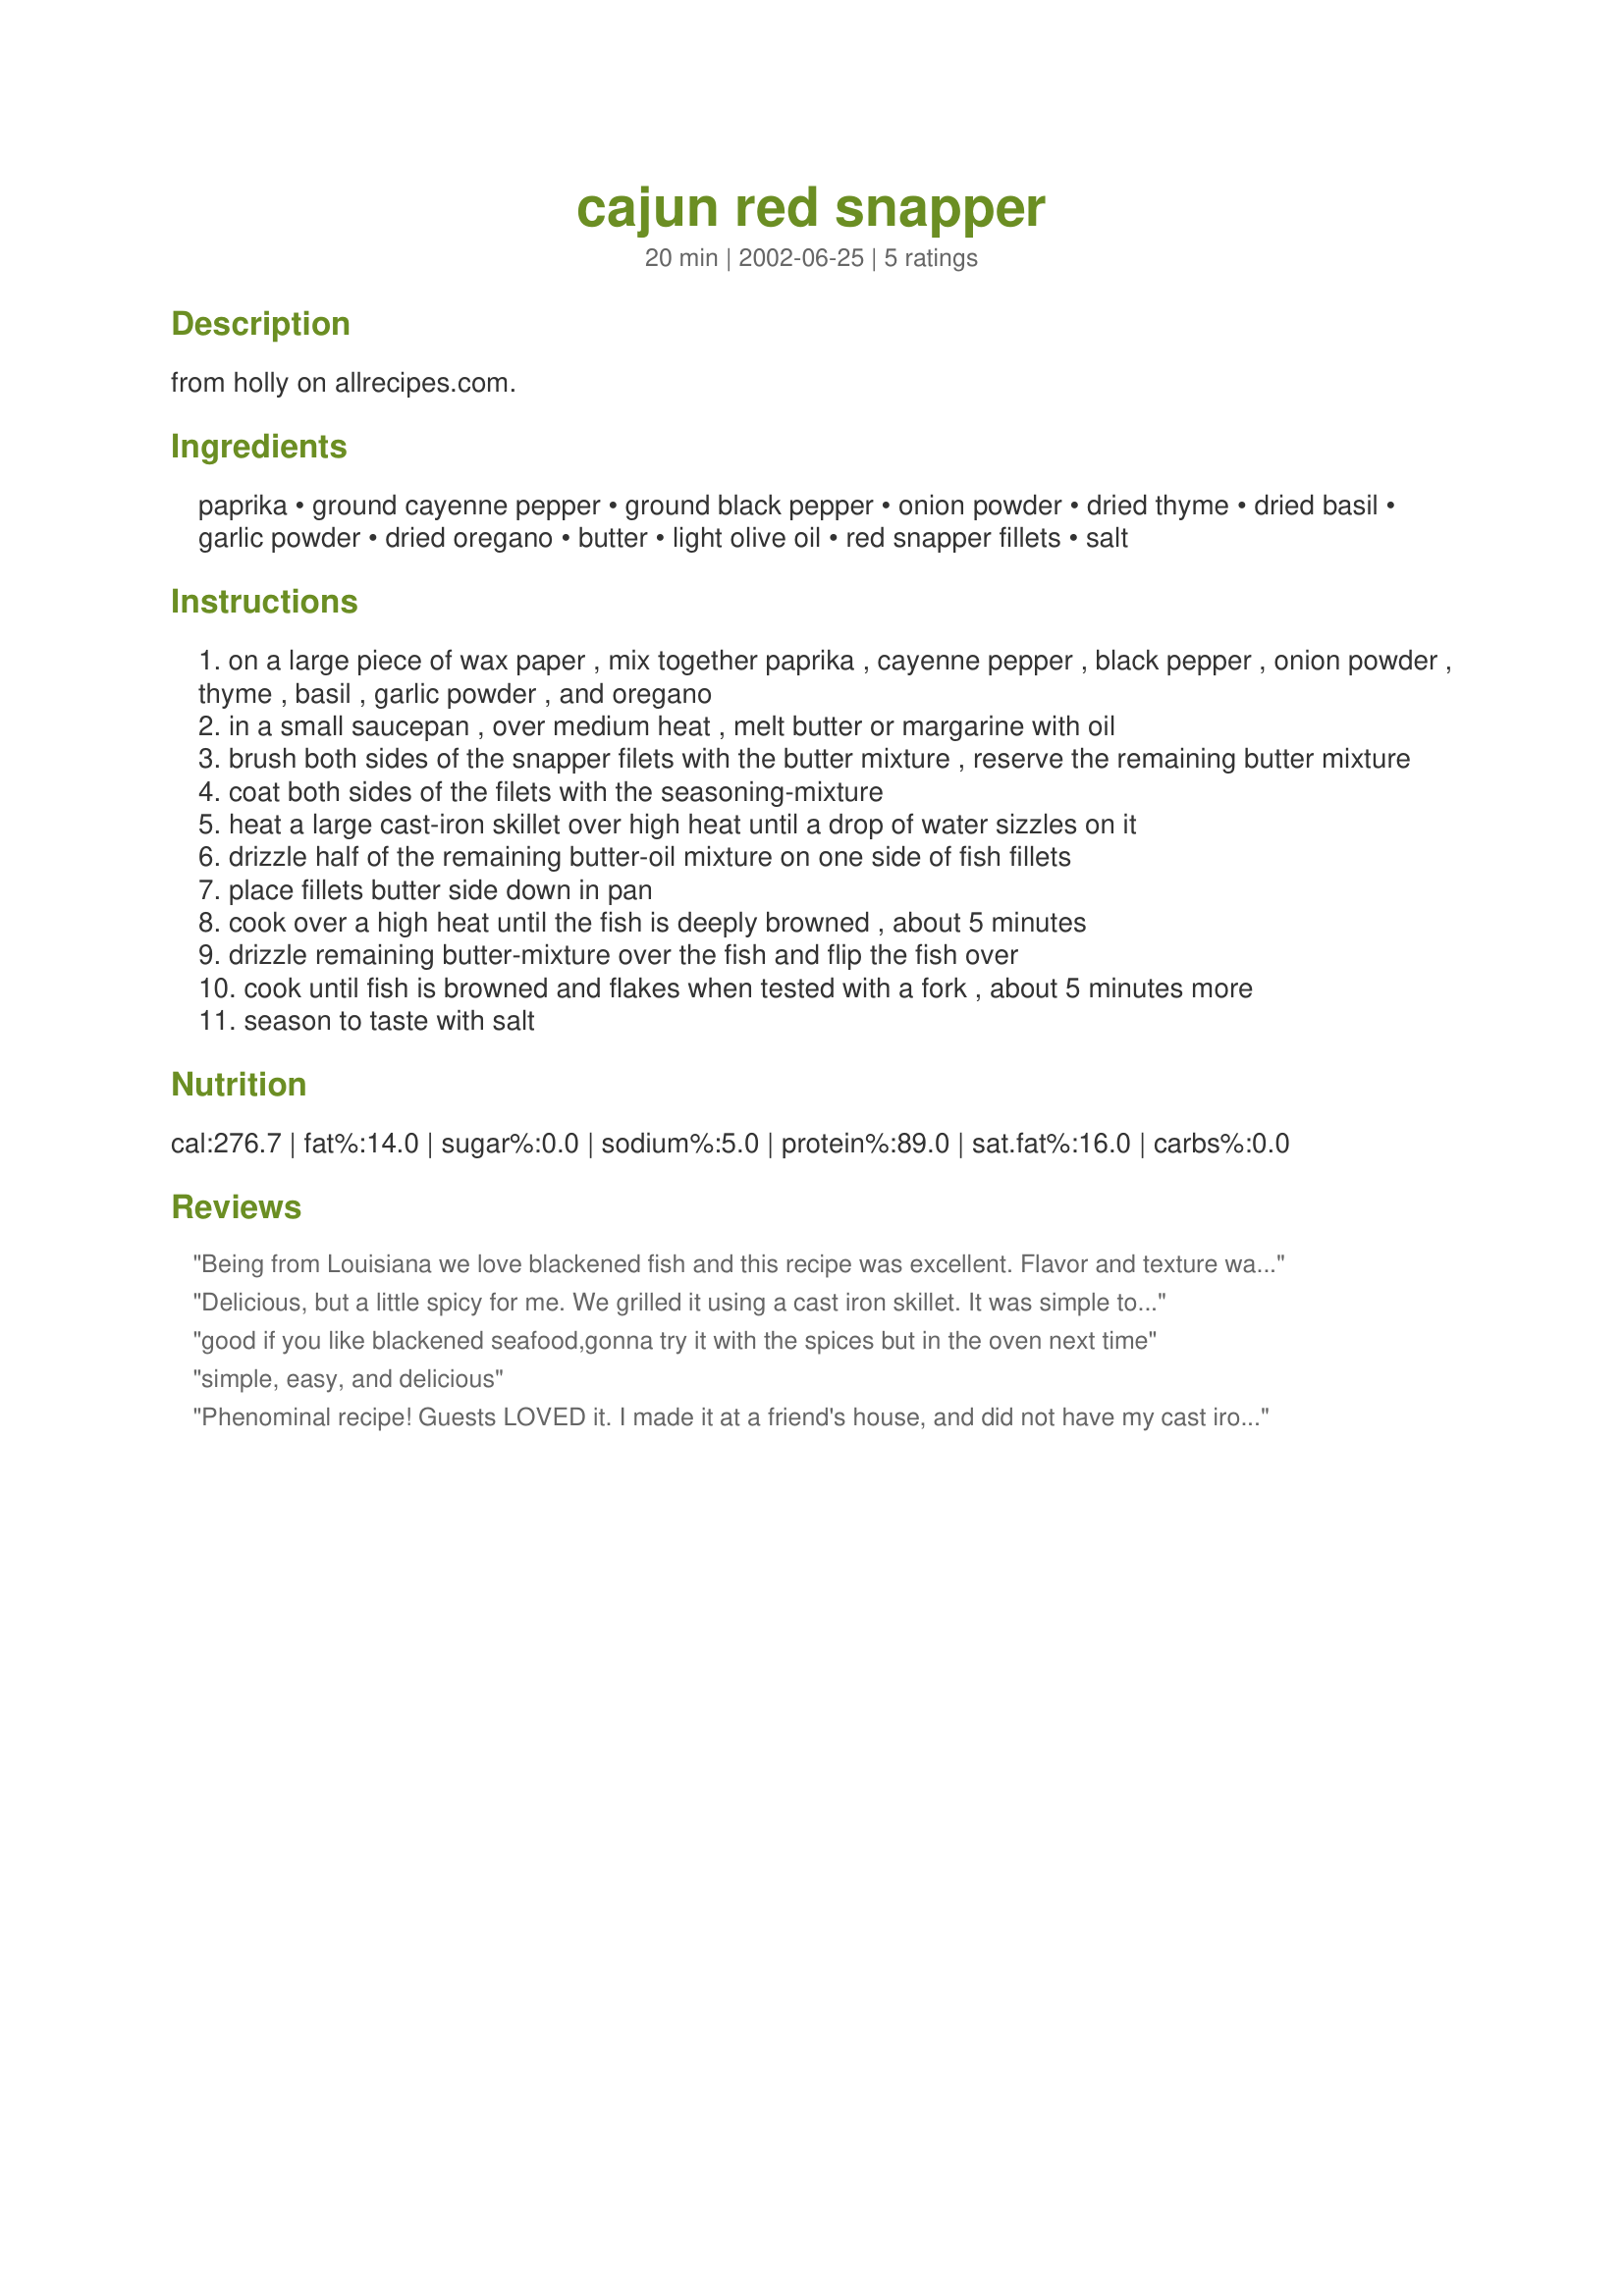
cajun red snapper
Preparation time: 20 minutes

from holly on allrecipes.com.

Ingredients:
paprika, ground cayenne pepper, ground black pepper, onion powder, dried thyme, dried basil, garlic powder, dried oregano, butter, light olive oil, red snapper fillets, salt

Steps:
on a large piece of wax paper , mix together paprika , cayenne pepper , black pepper , onion powder , thyme , basil , garlic powder , and oregano
in a small saucepan , over medium heat , melt butter or margarine with oil
brush both sides of the snapper filets with the butter mixture , reserve the remaining butter mixture
coat both sides of the filets with the seasoning-mixture
heat a large cast-iron skillet over high heat until a drop of water sizzles on it
drizzle half of the remaining butter-oil mixture on one side of fish fillets
place fillets butter side down in pan
cook over a high heat until the fish is deeply browned , about 5 minutes
drizzle remaining butter-mixture over the fish and flip the fish over
cook until fish is browned and flakes when tested with a fork , about 5 minutes more
season to taste with salt

Reviews:
Being from Louisiana we love blackened fish and this recipe was excellent. Flavor and texture was perfect. Other than using regular olive oil, made exactly as written.
Delicious, but a little spicy for me. We grilled it using a cast iron skillet. It was simple to make, but next time, I will decrease the amount of cayenne pepper.
 good if you like blackened seafood,gonna try it with the spices but in the oven next time
simple, easy, and delicious
Phenominal recipe! Guests LOVED it. I made it at a friend's house, and did not have my cast iron skillet, so used a non-stick pan. 'Still worked great. Presented it adorned with a tomato-onion-green pepper sauce with some kick. It was tender, flakey, and perfectly spiced. I will definitely make this again. I think my friends will actually force me to do so... Thanks.
